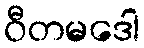
ဝီတမဒေါ